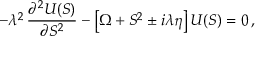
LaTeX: - \lambda ^ { 2 } \, \frac { \partial ^ { 2 } U ( S ) } { \partial S ^ { 2 } } - \left[ \Omega + S ^ { 2 } \pm i \lambda \eta \right] U ( S ) = 0 \, ,